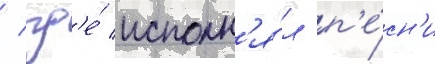
/ гд'е́ исполн'я́л п'е́сн'и